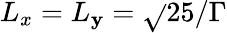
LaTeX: L_{x}=L_{\mathbf{y}}=\sqrt{}{{25/\Gamma}}